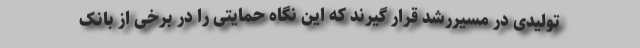
تولیدی در مسیررشد قرار گیرند که این نگاه حمایتی را در برخی از بانک